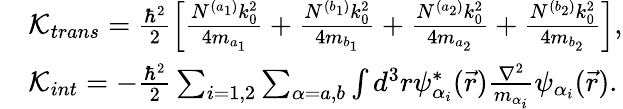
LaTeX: \begin{array}{rl}&{\mathcal{K}_{trans}=\frac{\hbar^{2}}{2}\Big[\frac{N^{(a_{1})}k_{0}^{2}}{4m_{a_{1}}}+\frac{N^{(b_{1})}k_{0}^{2}}{4m_{b_{1}}}+\frac{N^{(a_{2})}k_{0}^{2}}{4m_{a_{2}}}+\frac{N^{(b_{2})}k_{0}^{2}}{4m_{b_{2}}}\Big],}\\ &{\mathcal{K}_{int}=-\frac{\hbar^{2}}{2}\sum_{i=1,2}\sum_{\alpha=a,b}\int d^{3}r\psi_{\alpha_{i}}^{*}(\vec{r})\frac{\nabla^{2}}{m_{\alpha_{i}}}\psi_{\alpha_{i}}(\vec{r}).}\end{array}